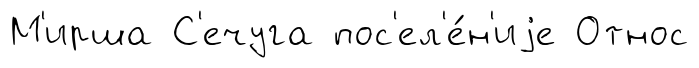
М'ирша С'ечуга пос'ел'е́н'иjе Относ